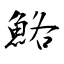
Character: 鮥